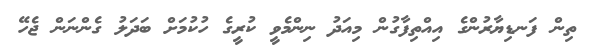
ތިން ފަނޑިޔާރުންގެ އިއްތިފާގުން މިއަދު ނިންމެވީ ކުރީގެ ހުކުމަށް ބަދަލު ގެންނަން ޖެހޭ